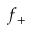
f _ { + }